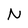
Character: N